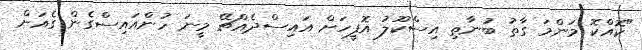
"ކޮއްކޮ މަންމަ ގާތު ބުނާތި އިސްކޫލު އޮފީހަށް އައިސްދެއްޗޭ މީނަ ހުންއައިސްގެން ގެއަށް